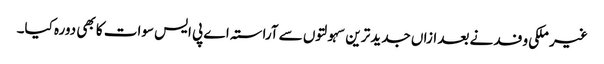
غیر ملکی وفد نے بعد ازاں جدید ترین سہولتوں سے آراستہ اے پی ایس سوات کا بھی دورہ کیا۔